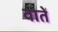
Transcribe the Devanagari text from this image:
वातें